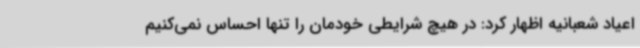
اعیاد شعبانیه اظهار کرد: در هیچ شرایطی خودمان را تنها احساس نمی‌کنیم